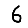
Digit: 6